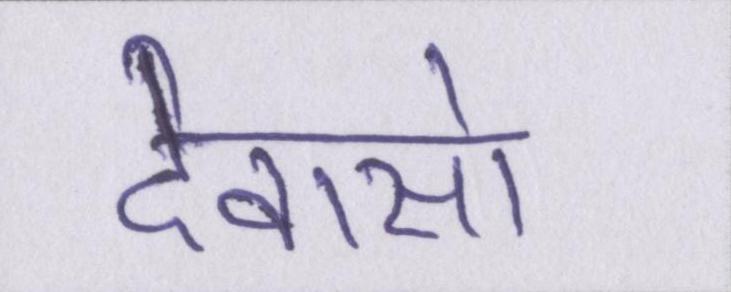
देवासो